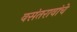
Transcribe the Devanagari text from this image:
वसंतरावांचे